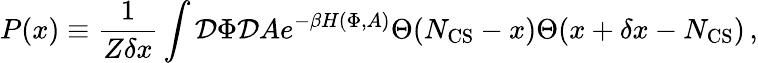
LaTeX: P(x)\equiv\frac{1}{Z\delta x}\int{\cal D}\Phi{\cal D}Ae^{-\beta H(\Phi,A)}\Theta(N_{\mathrm{CS}}-x)\Theta(x+\delta x-N_{\mathrm{CS}})\, ,